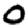
Digit: 0